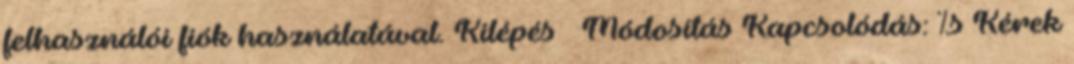
felhasználói fiók használatával. Kilépés Módosítás Kapcsolódás: %s Kérek